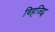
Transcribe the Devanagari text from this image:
विहजिट्स